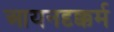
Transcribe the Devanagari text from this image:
आयनदृक्कर्म